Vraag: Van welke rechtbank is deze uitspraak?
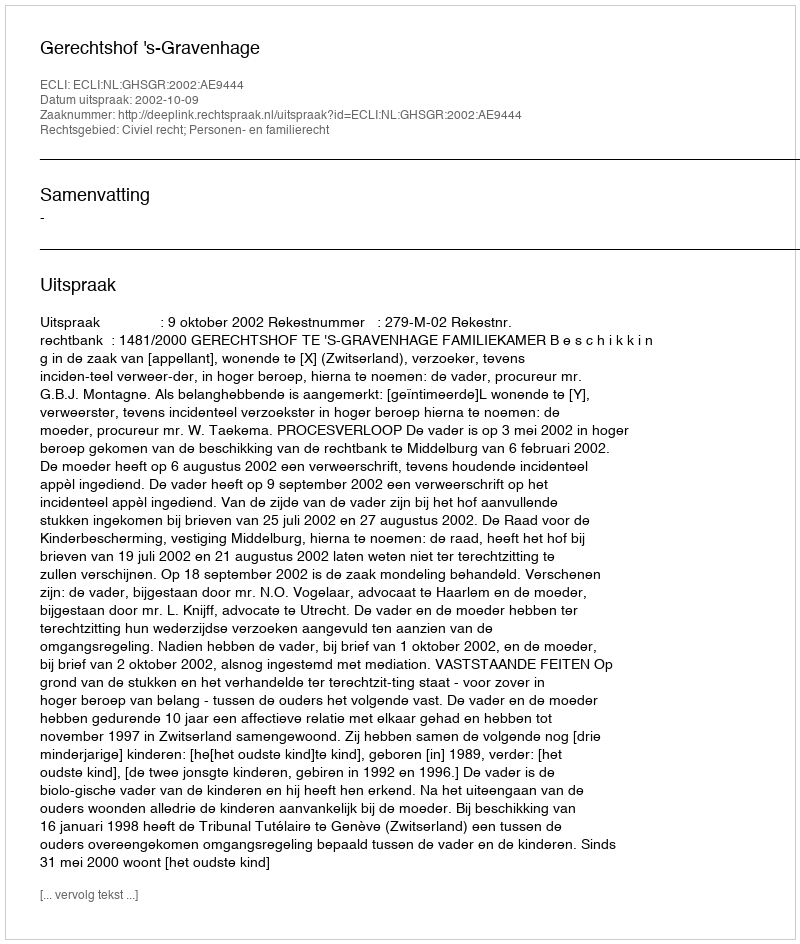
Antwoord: Gerechtshof 's-Gravenhage